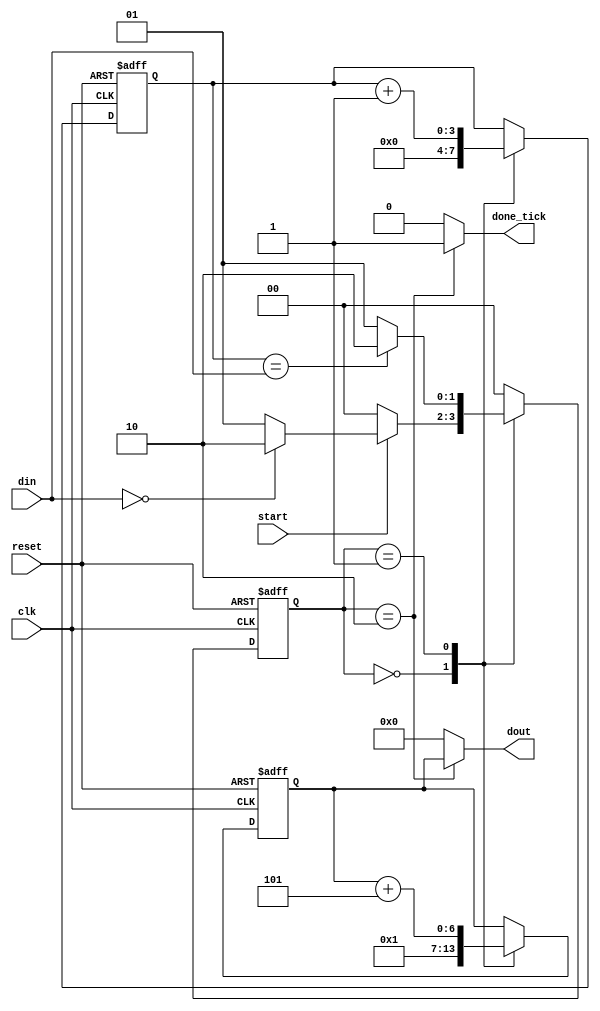
module asm_ex(
    input clk, start, reset,
	 input [3:0] din,
	 output reg [6:0] dout,
	 output reg done_tick
);

//state register
reg [1:0] next_s, current_s;
//data registers
reg [3:0] next_n, n;
reg [6:0] next_fn, fn; // next_fn = f(n), fn = f(n-1)

localparam idle=2'b00, op=2'b01, done=2'b10;

//register bahavior
always @(posedge clk, posedge reset)
if (reset) 
	begin
		current_s <= idle;
		n <= 0;
		fn <= 1;
	end	
else
	begin
		current_s <= next_s;
		n <= next_n;
		fn <= next_fn;
	end	

//combinational logic circuit
always @* begin
	next_s = current_s;
	next_n = n;
	next_fn = fn;
	done_tick = 0;
	dout = 0;
	case(current_s)
		idle: 
			begin
				next_n=0;
				next_fn=1;
				next_s = (start) ? ((din==0) ? done:op) : idle;
			end
		op:
			begin
				next_n = n + 1;
				next_fn = fn + 5;
				next_s = (n==din) ? done : op;
			end
		done:
			begin
				done_tick = 1'b1;
				dout = fn;
				next_s  = idle;
			end
		default: next_s = idle;	
	endcase //end next_state logic
end //end always
	
endmodule